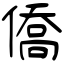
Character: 僑